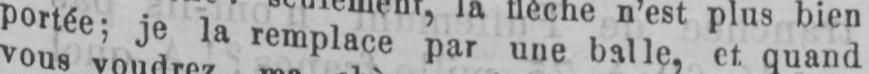
portée; je la remplace par une balle, et quand